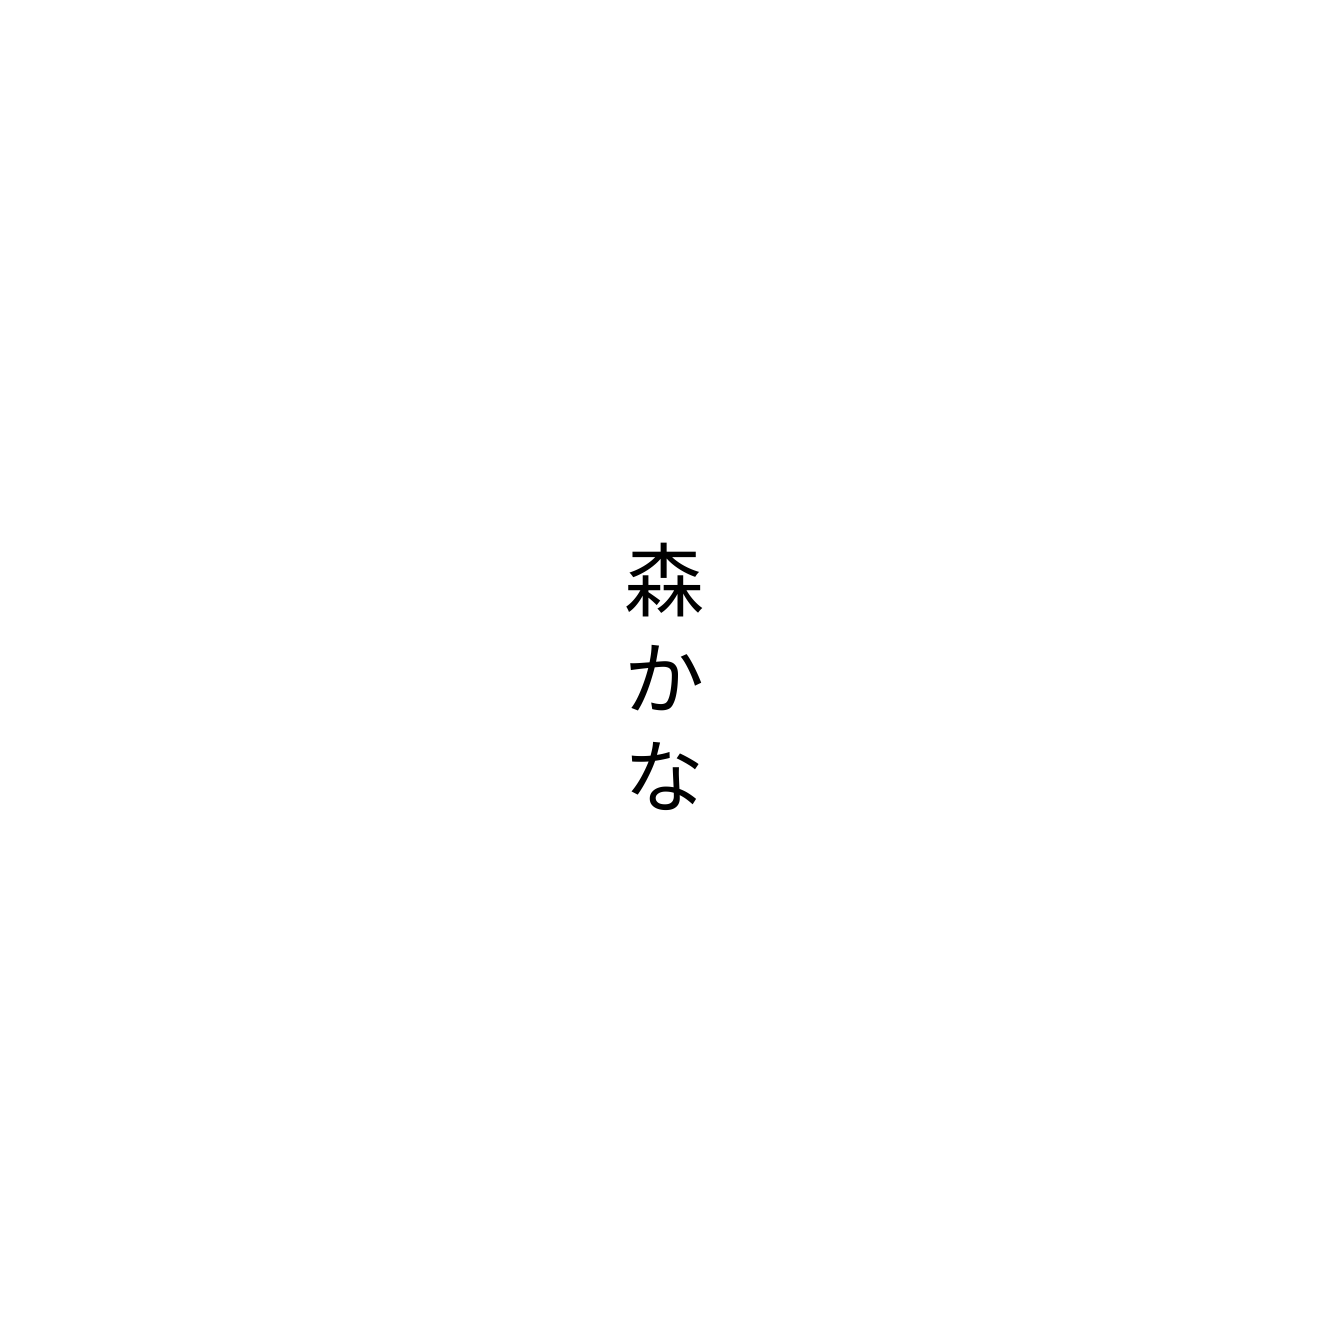
森かな